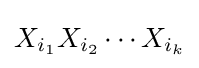
X_{i_{1}}X_{i_{2}}\cdots X_{i_{k}}